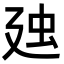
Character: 𧈰